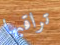
تراقبها